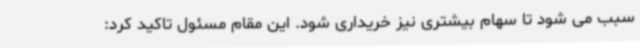
سبب می شود تا سهام بیشتری نیز خریداری شود. این مقام مسئول تاکید کرد: